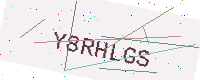
Text: Y8RHLGS